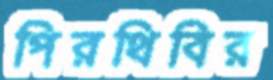
পিরথিবির